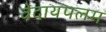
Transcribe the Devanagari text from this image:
वेदायपलम